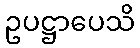
ဥပဋ္ဌာပေသိ